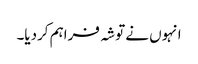
انہوں نے توشہ فراہم کردیا۔